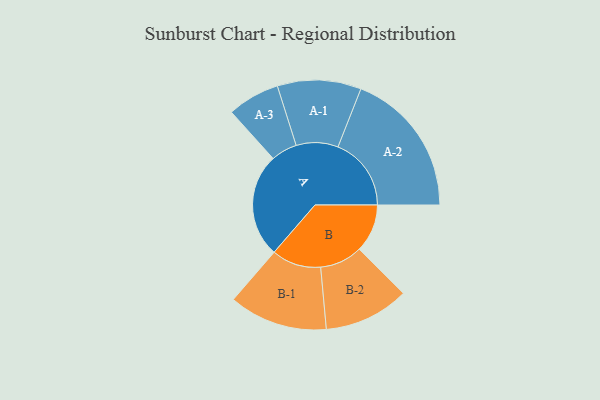
{"axis": {"x": "Segment", "y": "Value"}, "legend": ["", "A", "B"], "data": [{"x": "A", "y": 417, "type": ""}, {"x": "B", "y": 193, "type": ""}, {"x": "A-1", "y": 168, "type": "A"}, {"x": "A-2", "y": 294, "type": "A"}, {"x": "A-3", "y": 105, "type": "A"}, {"x": "B-1", "y": 198, "type": "B"}, {"x": "B-2", "y": 171, "type": "B"}]}